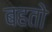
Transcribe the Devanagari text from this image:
बहतो